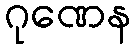
ဂုဏေန